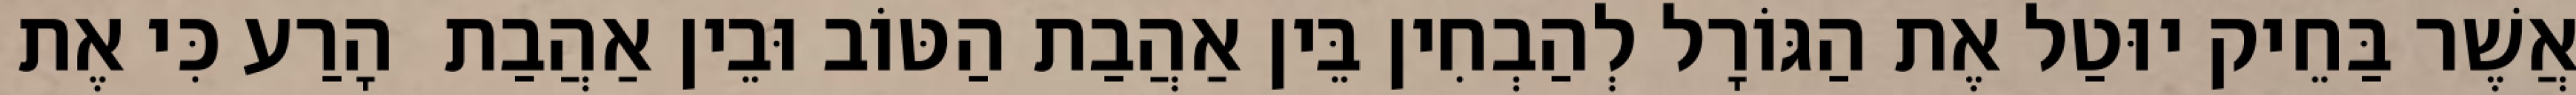
אֲשֶׁר בַּחֵיק יוּטַל אֶת הַגּוֹרָל לְהַבְחִין בֵּין אַהֲבַת הַטּוֹב וּבֵין אַהֲבַת  הָרַע כִּי אֶת